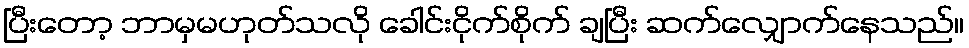
ပြီးတော့ ဘာမှမဟုတ်သလို ခေါင်းငိုက်စိုက် ချပြီး ဆက်လျှောက်နေသည်။